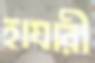
হাযারী